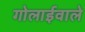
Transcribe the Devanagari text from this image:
गोलाईवाले